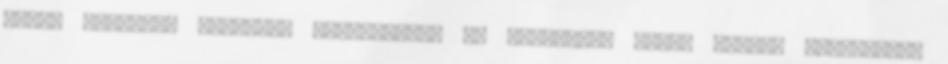
napot megelőző napokban honlapunkon is olvasható lesz. Minden érdeklődőt